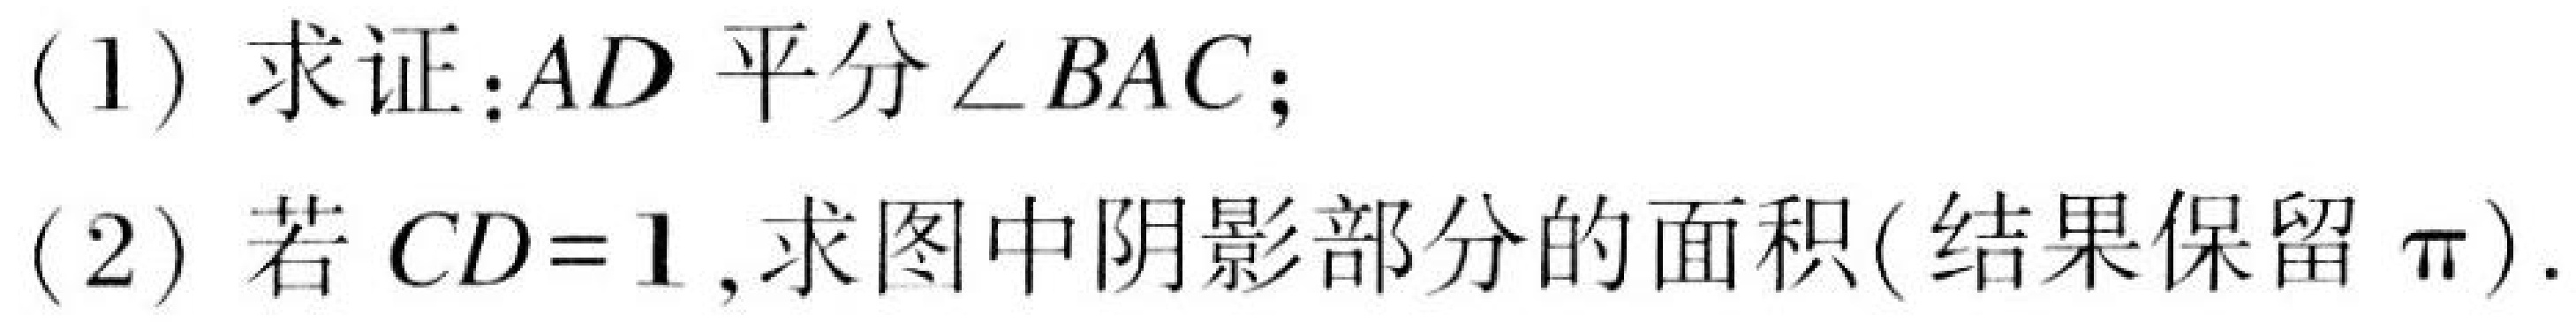
(1) 求证：\(AD\) 平分\(\angle BAC\)；
(2) 若 \(CD = 1\),求图中阴影部分的面积(结果保留 \(\pi\)).